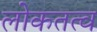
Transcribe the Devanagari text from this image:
लोकतत्‍व